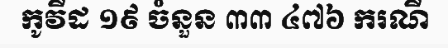
កូវីដ ១៩ ចំនួន ៣៣ ៤៧៦ ករណី